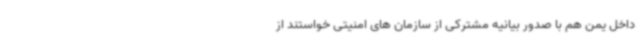
داخل یمن هم با صدور بیانیه مشترکی از سازمان های امنیتی خواستند از